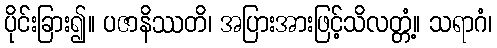
ပိုင်းခြား၍။ ပဇာနိဿတိ၊ အပြားအားဖြင့်သိလတ္တံ့။ သရာဂံ၊